Vaccination North-Western Provinces 1866-1877 - 1866-1877
Year: 1866
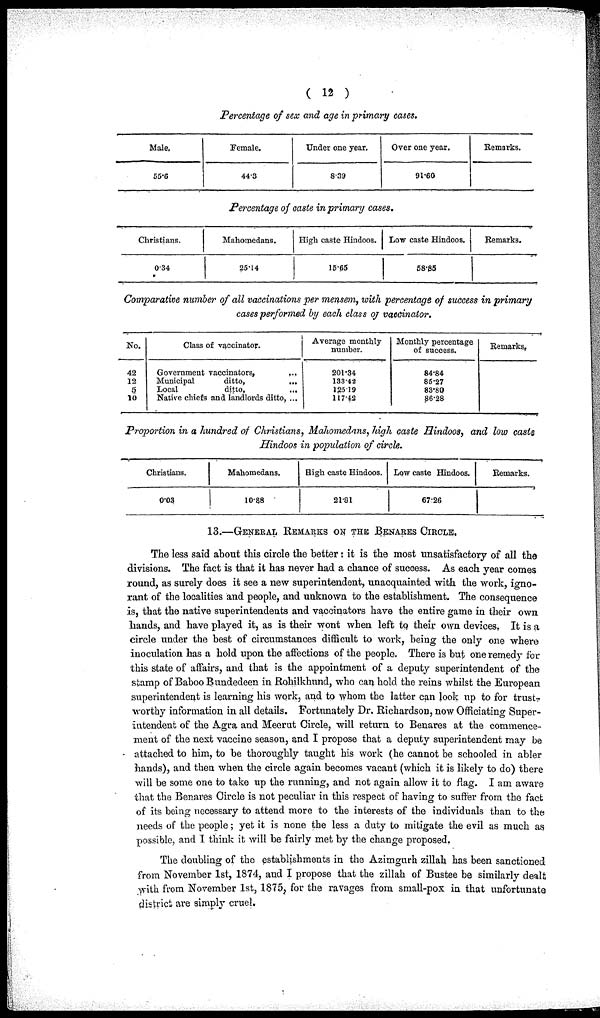
( 12 )
Percentage of sex and age in primary cases.
Male.
56.6
Female.
44.3
Under one year.
8.39
Over one year.
91.60
Remarks.
Percentage of caste in primary cases.
Christians.
0.34
Mahomedans.
25.14
High caste Hindoos.
15.65
Low caste Hindoos.
58.85
Remarks.
Comparative number of all vaccinations per mensem, with percentage of success in primary
cases performed by each class of vaccinator.
No.
42
12
5
10
Class of vaccinator.
Government vaccinators,
...
Municipal
ditto,
...
Local
ditto,
...
Native chiefs and landlords ditto, ...
Average monthly
number.
201.34
133.42
125.19
117.42
Monthly percentage
of success.
84.84
85.27
83.80
86.28
Remarks,
Proportion in a hundred of Christians, Mahomedans, high caste Hindoos, and low caste
Hindoos in population of circle.
Christians.
0.03
Mahomedans.
10.88
High caste Hindoos.
21.81
Low caste Hindoos.
67.26
Remarks.
13.—GENERAL REMARKS ON THE BENARES CIRCLE.
The less said about this circle the better: it is the most unsatisfactory of all the
divisions. The fact is that it has never had a chance of success. As each year comes
round, as surely does it see a new superintendent, unacquainted with the work, igno-
rant of the localities and people, and unknown to the establishment. The consequence
is, that the native superintendents and vaccinators have the entire game in their own
hands, and have played it, as is their wont when left to their own devices. It is a
circle under the best of circumstances difficult to work, being the only one where
inoculation has a hold upon the affections of the people. There is but one remedy for
this state of affairs, and that is the appointment of a deputy superintendent of the
stamp of Baboo Bundedeen in Rohilkhund, who can hold the reins whilst the European
superintendent is learning his work, and to whom the latter can look up to for trust-
worthy information in all details. Fortunately Dr. Richardson, now Officiating Super-
intendent of the Agra and Meerut Circle, will return to Benares at the commence-
ment of the next vaccine season, and I propose that a deputy superintendent may be
attached to him, to be thoroughly taught his work (he cannot be schooled in abler
hands), and then when the circle again becomes vacant (which it is likely to do) there
will be some one to take up the running, and not again allow it to flag. I am aware
that the Benares Circle is not peculiar in this respect of having to suffer from the fact
of its being necessary to attend more to the interests of the individuals than to the
needs of the people; yet it is none the less a duty to mitigate the evil as much as
possible, and I think it will be fairly met by the change proposed,
The doubling of the establishments in the Azimgurh zillah has been sanctioned
from November 1st, 1874, and I propose that the zillah of Bustee be similarly dealt
with from November 1st, 1875, for the ravages from small-pox in that unfortunate
district are simply cruel.